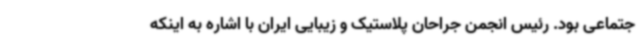
جتماعی بود. رئیس انجمن جراحان پلاستیک و زیبایی ایران با اشاره به اینکه